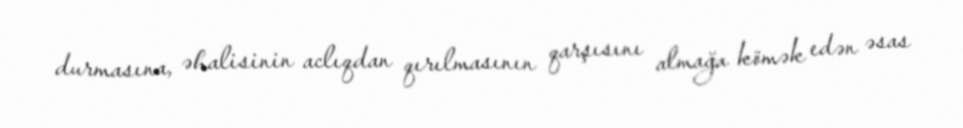
durmasına, əhalisinin aclıqdan qırılmasının qarşısını almağa kömək edən əsas